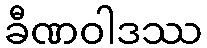
ခီဏဝါဒဿ